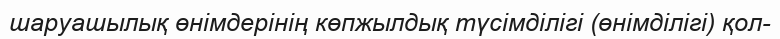
шаруашылық өнімдерінің көпжылдық түсімділігі (өнімділігі) қол-